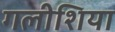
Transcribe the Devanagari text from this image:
गलीशिया